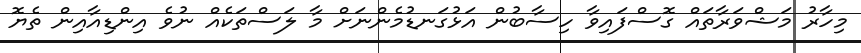
މިހާރު މަޝްވަރާތައް ގޮސްފައިވާ ހިސާބުން އަޅުގަނޑުމެންނަށް މާ ލަސްތަކެއް ނުވެ އިންޑިއާއިން ތެޔޮ